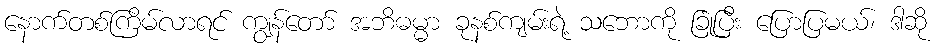
နောက်တစ်ကြိမ်လာရင် ကျွန်တော် အဘိဓမ္မာ ခုနစ်ကျမ်းရဲ့ သဘောကို ခြုံပြီး ပြောပြမယ်၊ ဒါဆို